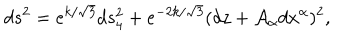
d s ^ { 2 } = e ^ { k / \sqrt { 3 } } d s _ { 4 } ^ { 2 } + e ^ { - 2 k / \sqrt { 3 } } ( d z + { \cal A } _ { \alpha } d x ^ { \alpha } ) ^ { 2 } ,